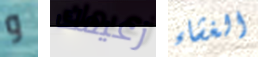
و زعيمك الغشاء